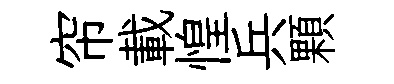
帘載惶兵顆